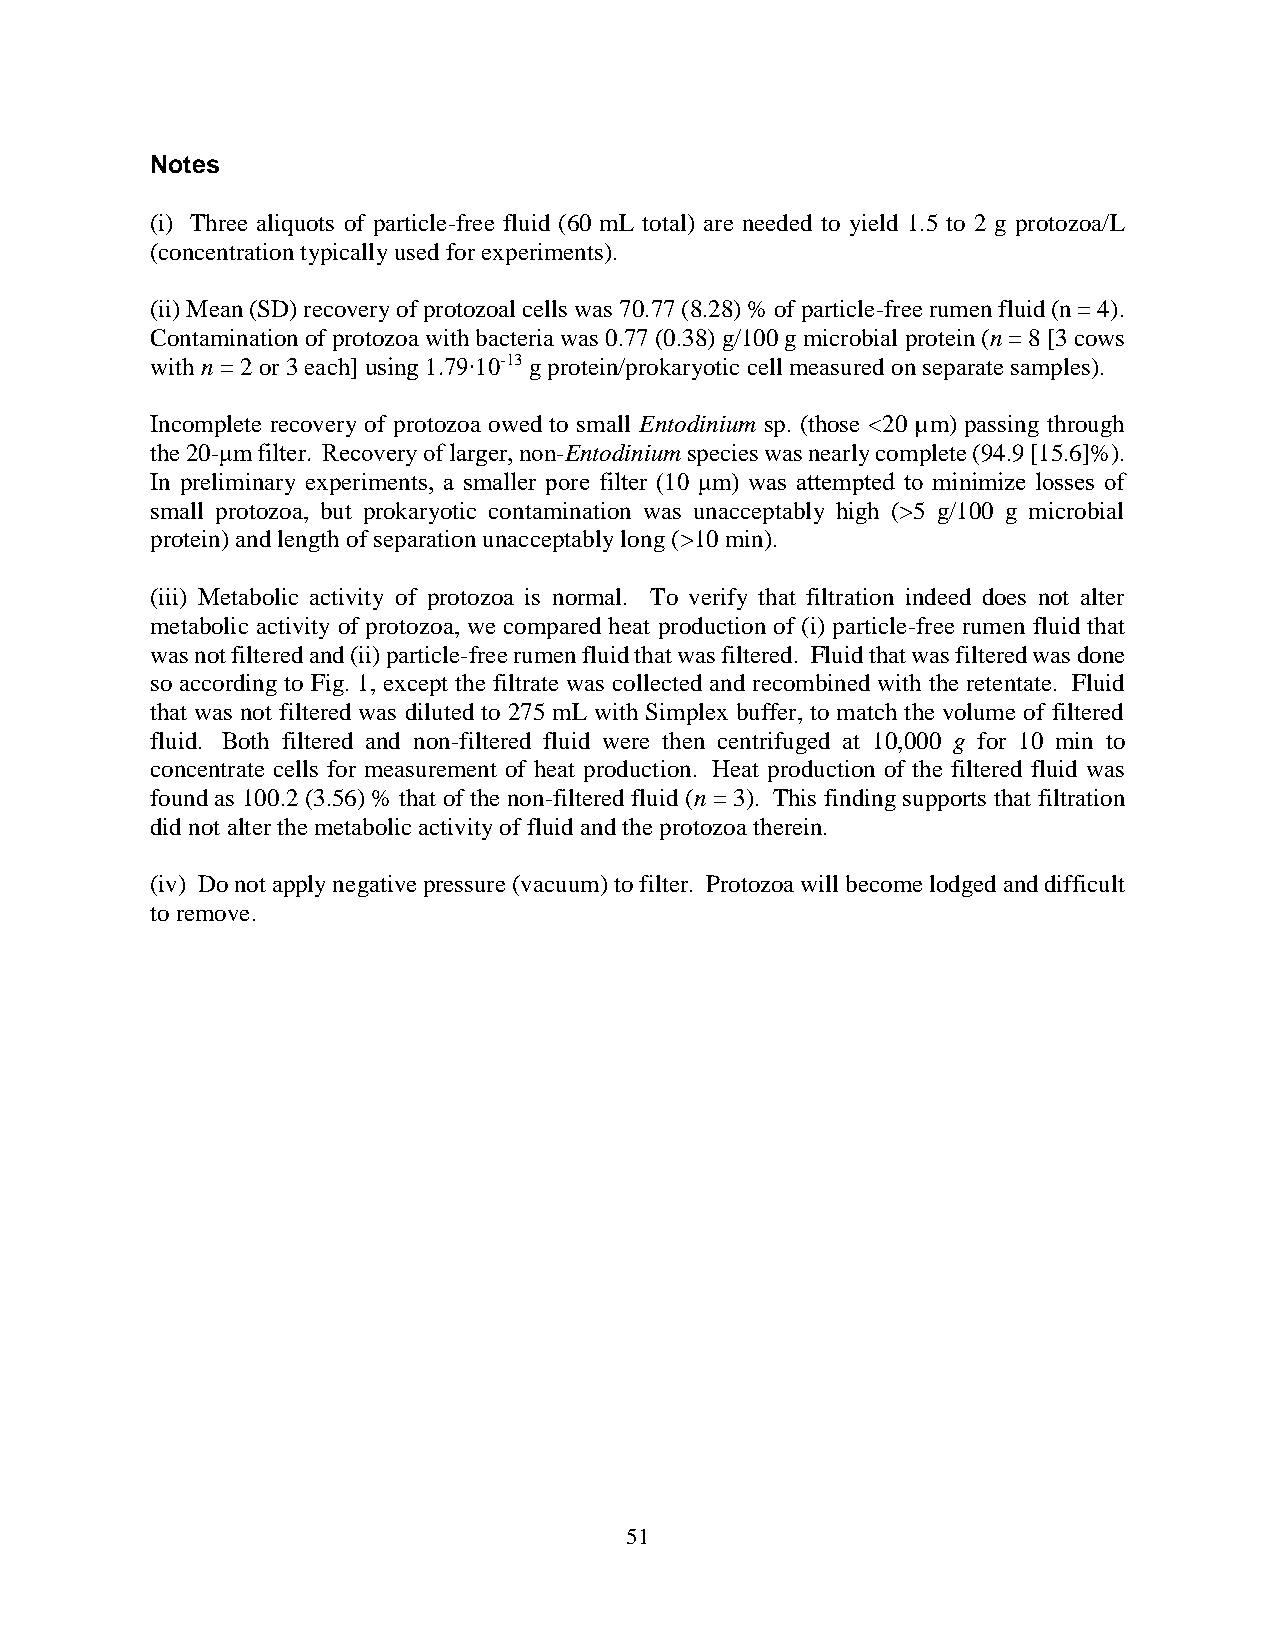
Notes
 (i) Three aliquots of particle-free fluid (60 mL total) are needed to yield 1.5 to 2 g protozoa/L
 (concentration typically used for experiments).
 (ii) Mean (SD) recovery of protozoal cells was 70.77 (8.28) % of particle-free rumen fluid (n = 4).
 Contamination of protozoa with bacteria was 0.77 (0.38) g/100 g microbial protein (n = 8 [3 cows
 with n = 2 or 3 each] using 1.79∙10-13 g protein/prokaryotic cell measured on separate samples).
 Incomplete recovery of protozoa owed to small Entodinium sp. (those <20 µm) passing through
 the 20-μm filter. Recovery of larger, non-Entodinium species was nearly complete (94.9 [15.6]%).
 In preliminary experiments, a smaller pore filter (10 μm) was attempted to minimize losses of
 small protozoa, but prokaryotic contamination was unacceptably high (>5 g/100 g microbial
 protein) and length of separation unacceptably long (>10 min).
 (iii) Metabolic activity of protozoa is normal. To verify that filtration indeed does not alter
 metabolic activity of protozoa, we compared heat production of (i) particle-free rumen fluid that
 was not filtered and (ii) particle-free rumen fluid that was filtered. Fluid that was filtered was done
 so according to Fig. 1, except the filtrate was collected and recombined with the retentate. Fluid
 that was not filtered was diluted to 275 mL with Simplex buffer, to match the volume of filtered
 fluid. Both filtered and non-filtered fluid were then centrifuged at 10,000 g for 10 min to
 concentrate cells for measurement of heat production. Heat production of the filtered fluid was
 found as 100.2 (3.56) % that of the non-filtered fluid (n = 3). This finding supports that filtration
 did not alter the metabolic activity of fluid and the protozoa therein.
 (iv) Do not apply negative pressure (vacuum) to filter. Protozoa will become lodged and difficult
 to remove.
 51